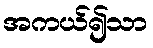
အကယ်၍သာ